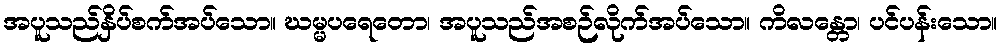
အပူသည်နှိပ်စက်အပ်သော။ ဃမ္မပရေတော၊ အပူသည်အစဉ်လိုက်အပ်သော။ ကိလန္တော၊ ပင်ပန်းသော။